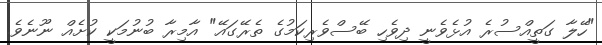
"ހޭލާ ގަތީއްސުރެ އުޅެވެނީ ދިވެހި ބޭސްވެރިކަމުގެ ތެރޭގައޭ" އާމިރާ ބުނުމަކީ ކުށެއް ނޫނެވެ.